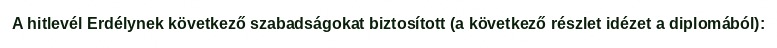
A hitlevél Erdélynek következő szabadságokat biztosított (a következő részlet idézet a diplomából):